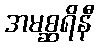
အမစ္ဆရိနီ